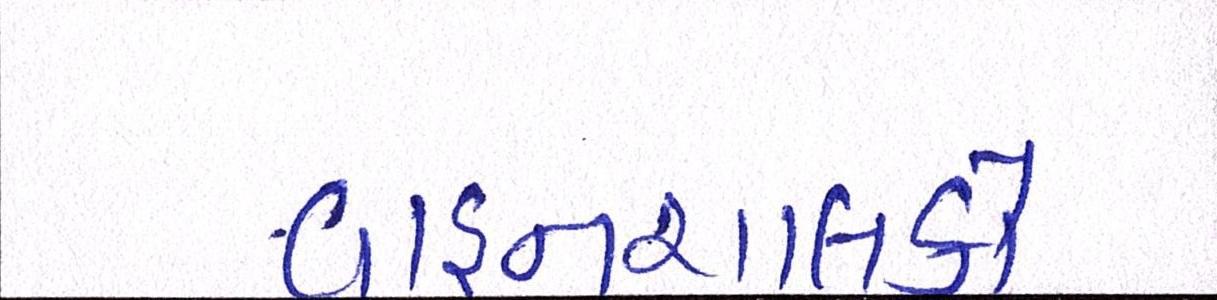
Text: વાહનચાલકો